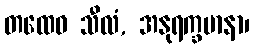
တထေဝ သီလံ, အနုရက္ခမာနာ၊